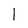
Character: 1